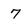
Character: 7